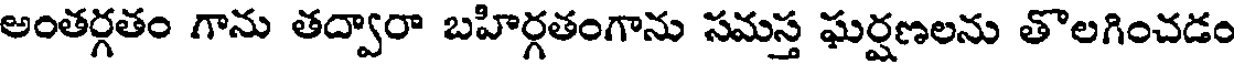
అంతర్గతం గాను తద్వారా బహిర్గతంగాను సమస్త ఘర్షణలను తొలగించడం